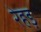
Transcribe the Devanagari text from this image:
रेहड़